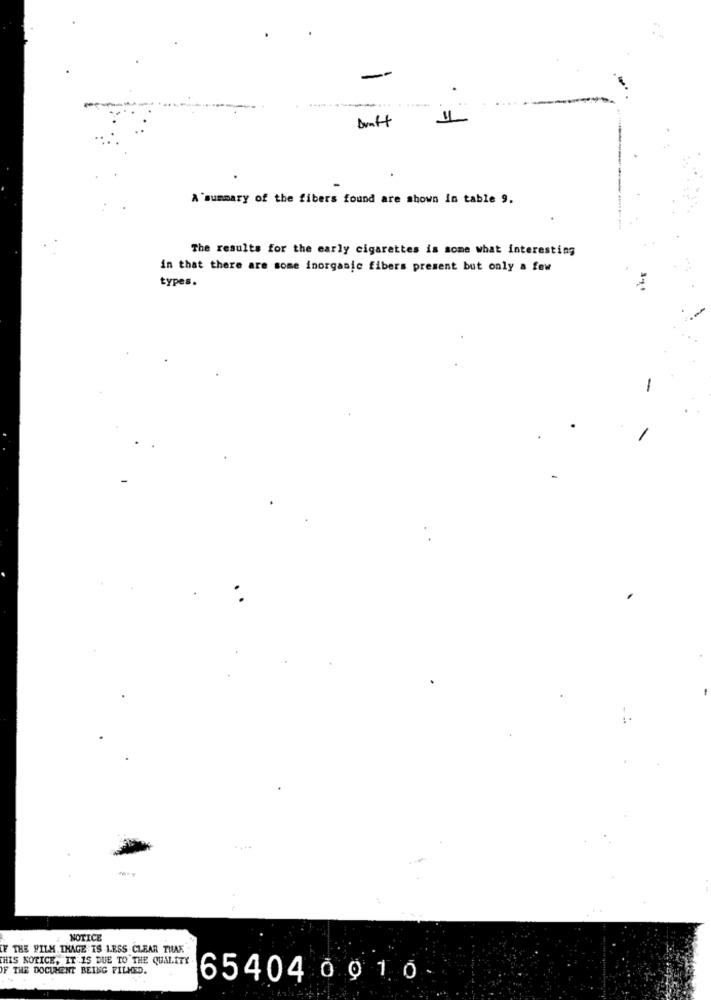
-
Draft
A summary of the fibers found are shown in table 9.
The results for the early cigarettes is some what interesting
in that there are some inorganic fibers present but only a few
types.
NOTICE
OF THE FILM. THAGE IS LESS .CLEAR THAK
THIS NOTICE, IT IS DUE TO THE QUALITY
IF THE DOCUMENT BEING FILMED.
65404 0010